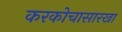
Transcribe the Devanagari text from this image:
करकोचासारखा